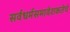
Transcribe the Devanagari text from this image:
सर्वधर्मसमावेशकतेचे